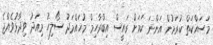
މަސައްކަތް ކުރަމުން އަންނަ ކަމަށް ރައީސް އިބްރާހިމް މުހައްމަދު ސޯލިހު މިއަދު ވިދާޅުވެއްޖެ